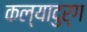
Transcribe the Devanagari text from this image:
कल्यादुर्ग